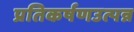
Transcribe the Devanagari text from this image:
प्रतिकर्षणउत्पन्न